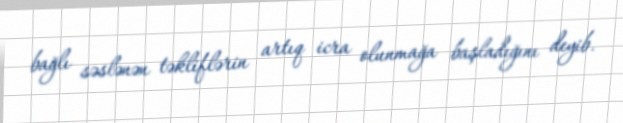
bağlı səslənən təkliflərin artıq icra olunmağa başladığını deyib.